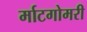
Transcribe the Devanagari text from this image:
र्माटगोमरी